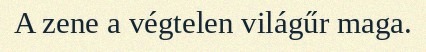
A zene a végtelen világűr maga.